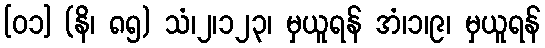
[၀၁] (နိ၊ ၈၅) သံ၊၂၊၁၂၃၊ မှယူရန် အံ၊၁၊၉၊ မှယူရန်